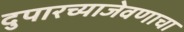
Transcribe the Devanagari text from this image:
दुपारच्याजेवणाचा